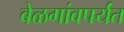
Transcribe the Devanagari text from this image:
बेळगांवपर्यंत